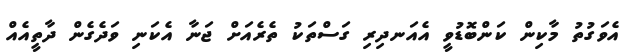
އެވަގުތު މާކިން ކަންބޮޑުވީ އެއަނދިރި ގަސްތަކު ތެރެއަށް ޖަނާ އެކަނި ވަދެގެން ދާތީއެއް